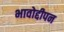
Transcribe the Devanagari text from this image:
भावोद्दीपन